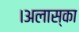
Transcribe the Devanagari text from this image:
।अलास्का